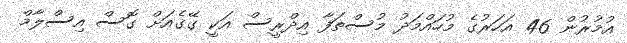
އުމުރުން 46 އަހަރުގެ މުހައްމަދު މުސްތަފާ އިދްރީސް އަކީ ގޭގެއަށް ގޮސް އިސްލާމް